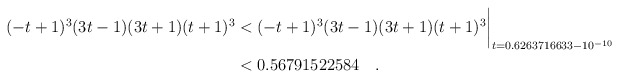
\begin{align*} (-t+1)^3(3t-1)(3t+1)(t+1)^3& < (-t+1)^3(3t-1)(3t+1)(t+1)^3\biggr\rvert_{t=0.6263716633 - 10^{-10}} \\& < 0.56791522584 \quad . \end{align*}